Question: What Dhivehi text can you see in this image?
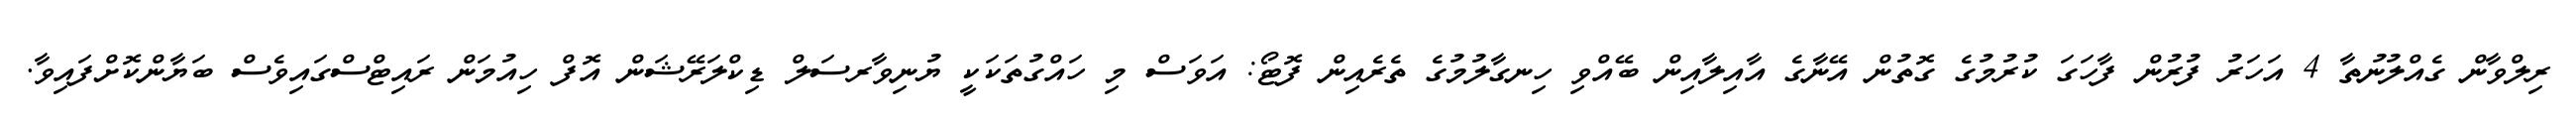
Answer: ރިލްވާން ގެއްލުނުތާ 4 އަހަރު ފުރުން ފާހަގަ ކުރުމުގެ ގޮތުން އޭނާގެ އާއިލާއިން ބޭއްވި ހިނގާލުމުގެ ތެރެއިން ފޮޓޯ: އަވަސް މި ހައްގުތަކަކީ ޔުނިވާރސަލް ޑިކްލަރޭޝަން އޮފް ހިއުމަން ރައިޓްސްގައިވެސް ބަޔާންކޮށްފައިވާ.